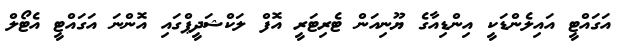
އަގައްޓީ އައިލެންޑަކީ އިންޑިއާގެ ޔޫނިއަން ޓެރިޓަރީ އޮފް ލަކްޝަދީޕްގައި އޮންނަ އަގައްޓީ އެޓޯލް